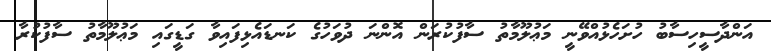
އަންދާސީހިސާބު ހުށަހެޅުއްވޭނީ މަޢުލޫމާތު ސާފުކުރަން އޮންނަ ދުވަހުގެ ކަނޑައެޅިފައިވާ ގަޑީގައި މަޢުލޫމާތު ސާފުކުރާ